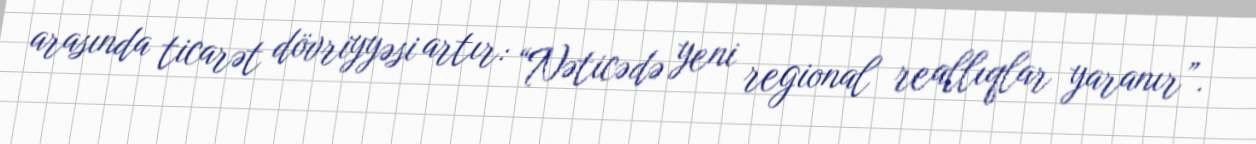
arasında ticarət dövriyyəsi artır: “Nəticədə yeni regional reallıqlar yaranır”.